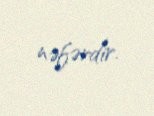
nəfərdir.